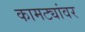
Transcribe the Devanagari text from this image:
कामट्यांवर